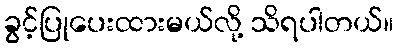
ခွင့်ပြုပေးထားမယ်လို့ သိရပါတယ်။